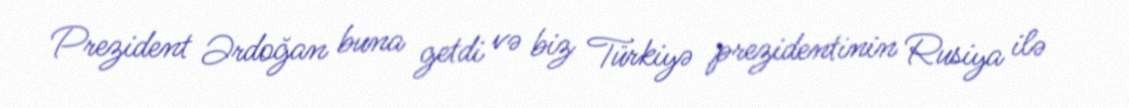
Prezident Ərdoğan buna getdi və biz Türkiyə prezidentinin Rusiya ilə